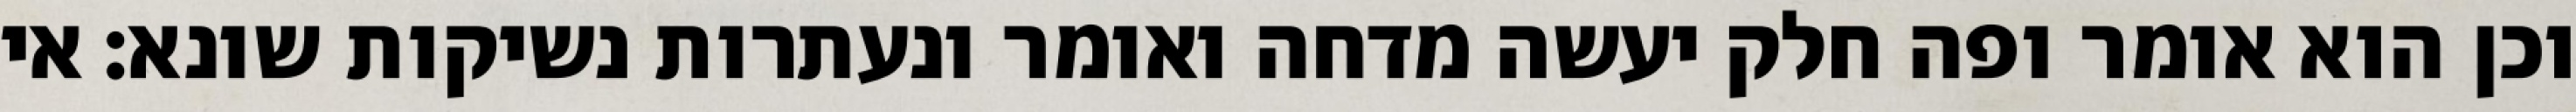
וכן הוא אומר ופה חלק יעשה מדחה ואומר ונעתרות נשיקות שונא: אי